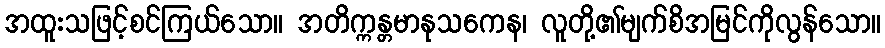
အထူးသဖြင့်စင်ကြယ်သော။ အတိက္ကန္တမာနုသကေန၊ လူတို့၏မျက်စိအမြင်ကိုလွန်သော။